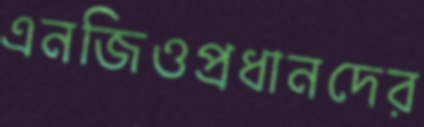
এনজিওপ্রধানদের